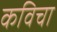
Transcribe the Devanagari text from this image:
कविचा